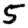
Digit: 5